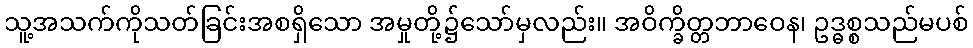
သူ့အသက်ကိုသတ်ခြင်းအစရှိသော အမှုတို့၌သော်မှလည်း။ အဝိက္ခိတ္တဘာဝေန၊ ဥဒ္ဓစ္စသည်မပစ်